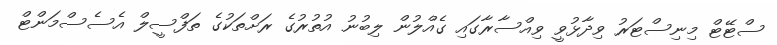
ސްޓޭޓް މިނިސްޓަރު ވިދާޅުވީ ވިއްސާރާގައި ގެއްލުން ލިބުނު އުތުރުގެ ރަށްތަކުގެ ތަފްސީލް އެސެސްމަންޓް